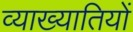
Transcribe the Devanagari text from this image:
व्याख्यातियों